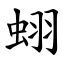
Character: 蛡